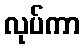
လုပ်ကာ